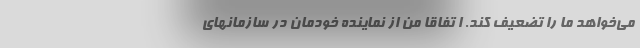
می‌خواهد ما را تضعیف کند. ا تفاقا من از نماینده خودمان در سازمانهای